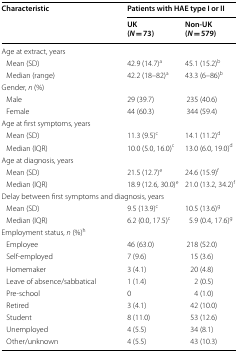
<table><thead><tr><td rowspan="2"><b>Characteristic</b></td><td colspan="2"><b>Patients with HAE type I or II</b></td></tr><tr><td><b>UK(<i>N</i> = 73)</b></td><td><b>Non-UK(<i>N</i> = 579)</b></td></tr></thead><tbody><tr><td colspan="3">Age at extract, years</td></tr><tr><td> Mean (SD)</td><td>42.9 (14.7)<sup>a</sup></td><td>45.1 (15.2)<sup>b</sup></td></tr><tr><td> Median (range)</td><td>42.2 (18–82)<sup>a</sup></td><td>43.3 (6–86)<sup>b</sup></td></tr><tr><td colspan="3">Gender, <i>n</i> (%)</td></tr><tr><td> Male</td><td>29 (39.7)</td><td>235 (40.6)</td></tr><tr><td> Female</td><td>44 (60.3)</td><td>344 (59.4)</td></tr><tr><td colspan="3">Age at first symptoms, years</td></tr><tr><td> Mean (SD)</td><td>11.3 (9.5)<sup>c</sup></td><td>14.1 (11.2)<sup>d</sup></td></tr><tr><td> Median (IQR)</td><td>10.0 (5.0, 16.0)<sup>c</sup></td><td>13.0 (6.0, 19.0)<sup>d</sup></td></tr><tr><td colspan="3">Age at diagnosis, years</td></tr><tr><td> Mean (SD)</td><td>21.5 (12.7)<sup>e</sup></td><td>24.6 (15.9)<sup>f</sup></td></tr><tr><td> Median (IQR)</td><td>18.9 (12.6, 30.0)<sup>e</sup></td><td>21.0 (13.2, 34.2)<sup>f</sup></td></tr><tr><td colspan="3">Delay between first symptoms and diagnosis, years</td></tr><tr><td> Mean (SD)</td><td>9.5 (13.9)<sup>c</sup></td><td>10.5 (13.6)<sup>g</sup></td></tr><tr><td> Median (IQR)</td><td>6.2 (0.0, 17.5)<sup>c</sup></td><td>5.9 (0.4, 17.6)<sup>g</sup></td></tr><tr><td colspan="3">Employment status, <i>n</i> (%)<sup>h</sup></td></tr><tr><td> Employee</td><td>46 (63.0)</td><td>218 (52.0)</td></tr><tr><td> Self-employed</td><td>7 (9.6)</td><td>15 (3.6)</td></tr><tr><td> Homemaker</td><td>3 (4.1)</td><td>20 (4.8)</td></tr><tr><td> Leave of absence/sabbatical</td><td>1 (1.4)</td><td>2 (0.5)</td></tr><tr><td> Pre-school</td><td>0</td><td>4 (1.0)</td></tr><tr><td> Retired</td><td>3 (4.1)</td><td>42 (10.0)</td></tr><tr><td> Student</td><td>8 (11.0)</td><td>53 (12.6)</td></tr><tr><td> Unemployed</td><td>4 (5.5)</td><td>34 (8.1)</td></tr><tr><td> Other/unknown</td><td>4 (5.5)</td><td>43 (10.3)</td></tr></tbody></table>